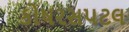
કોષરસપટલ